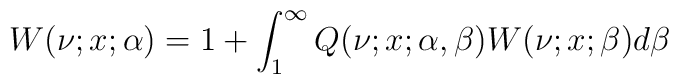
W(\nu;x;\alpha)=1+\int_{1}^{\infty}Q(\nu;x;\alpha,\beta)W(\nu;x;\beta)d\beta